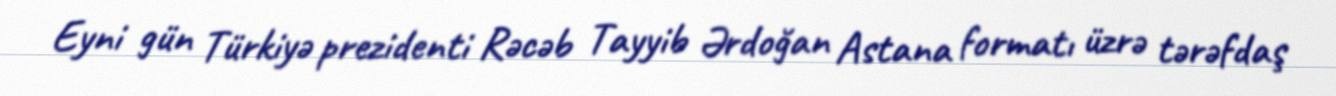
Eyni gün Türkiyə prezidenti Rəcəb Tayyib Ərdoğan Astana formatı üzrə tərəfdaş